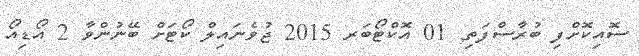
ސޮއިކޮށްފި ބުރާސްފަތި